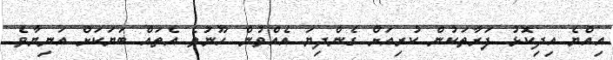
އިއްޔެ އިދިކޮޅު ފަރާތަކުން ކުރިއަށް ގެންދިޔަ އެއްވުން ހޫނުވެ އެތައް ބަޔަކަށް އަނިޔާވެ